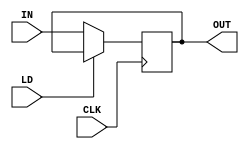
module REGISTER(
		input CLK, 
		input LD,
		input 	  [3:0]	IN,
		output reg [3:0]	OUT
);

always @( posedge CLK ) begin
		if( LD == 1'b0 )
			OUT <= IN;			
end


endmodule